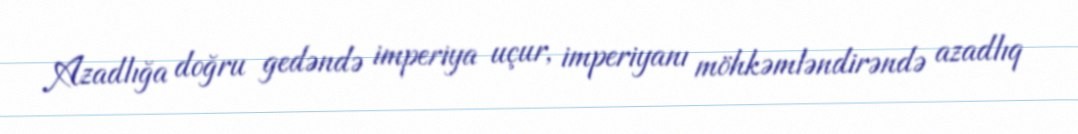
Azadlığa doğru gedəndə imperiya uçur, imperiyanı möhkəmləndirəndə azadlıq